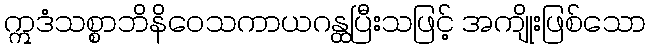
ဣဒံသစ္စာဘိနိဝေသကာယဂန္ထပြီးသဖြင့် အကျိုးဖြစ်သော